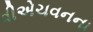
વીએચવનના